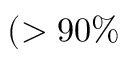
( > 9 0 \%